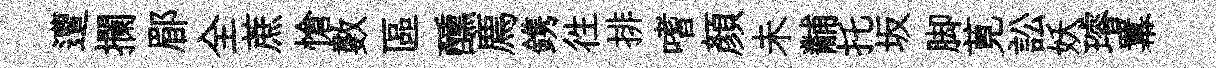
遭攔郿全蔗愴數區醺廌鎸徃排嗜顏未黼托坂脚莧訟妖璿羃